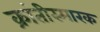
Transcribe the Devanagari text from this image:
क्रांतीस्मारक